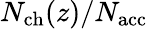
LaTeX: N_{\mathrm{ch}}(z)/{N_{\mathrm{acc}}}